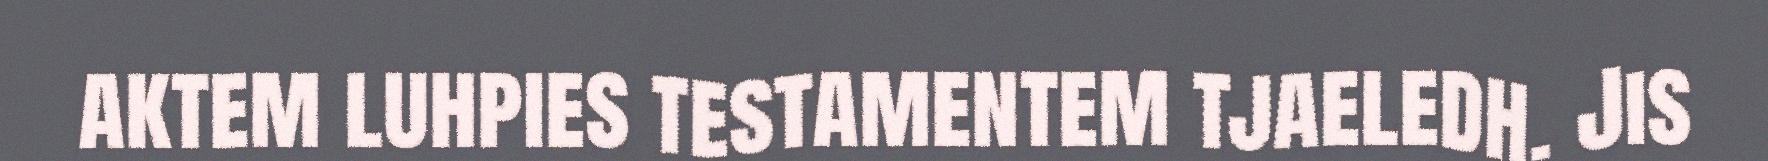
aktem luhpies testamentem tjaeledh. Jis